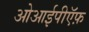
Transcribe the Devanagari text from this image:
ओआईपीऍफ़